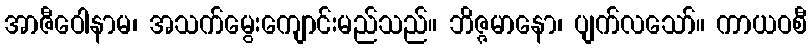
အာဇီဝေါနာမ၊ အသက်မွေးကျောင်းမည်သည်။ ဘိဇ္ဇမာနော၊ ပျက်လသော်။ ကာယဝစီ